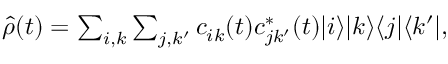
\begin{array} { r } { \hat { \rho } ( t ) = \sum _ { i , k } \sum _ { j , k ^ { \prime } } c _ { i k } ( t ) c _ { j k ^ { \prime } } ^ { \ast } ( t ) | i \rangle | k \rangle \langle j | \langle k ^ { \prime } | , } \end{array}